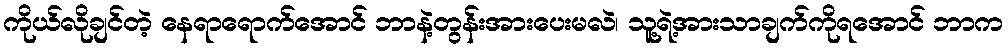
ကိုယ်လိုချင်တဲ့ နေရာရောက်အောင် ဘာနဲ့တွန်းအားပေးမလဲ၊ သူ့ရဲ့အားသာချက်ကိုရအောင် ဘာက